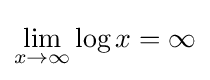
\lim _{x\to \infty }\log x=\infty